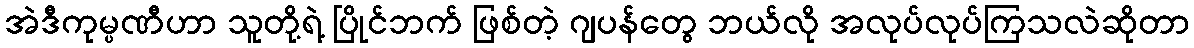
အဲဒီကုမ္ပဏီဟာ သူတို့ရဲ့ ပြိုင်ဘက် ဖြစ်တဲ့ ဂျပန်တွေ ဘယ်လို အလုပ်လုပ်ကြသလဲဆိုတာ